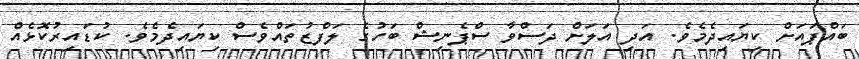
ބައްޕައަށް ކިޔައިދެމެވެ. އަދި އަލަށް ދަސްވާ ސްޕެނިޝް ބަހުގެ ލަފްޒުތައްވެސް ކިޔައިދެމެވެ. ކުޑައިރުކޮޅެއް